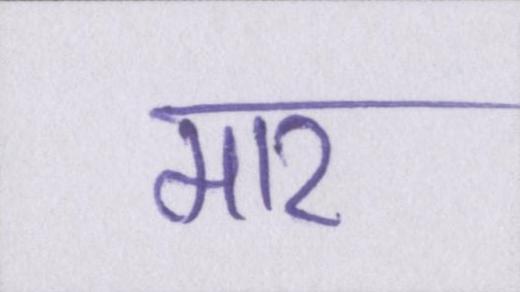
मार